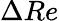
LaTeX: \Delta Re